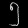
Digit: ၅